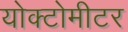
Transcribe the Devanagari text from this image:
योक्टोमीटर